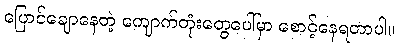
ပြောင်ချောနေတဲ့ ကျောက်တုံးတွေပေါ်မှာ စောင့်နေရတာပါ။